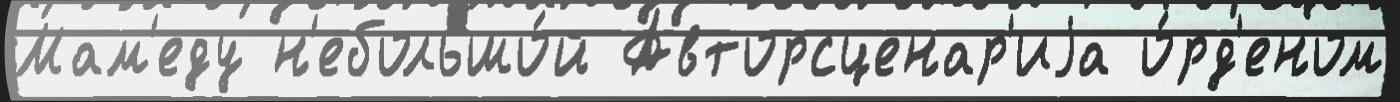
Мам'еду н'ебольшо́й Авторсценар'иjа о́рд'еном